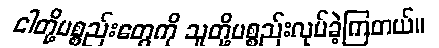
ငါတို့ပစ္စည်းတွေကို သူတို့ပစ္စည်းလုပ်ခဲ့ကြတယ်။